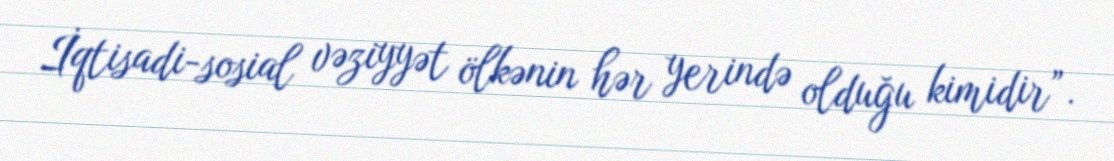
İqtisadi-sosial vəziyyət ölkənin hər yerində olduğu kimidir”.